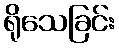
ရိုသေခြင်း